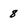
Character: 8